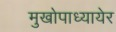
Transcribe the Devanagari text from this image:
मुखोपाध्यायेर